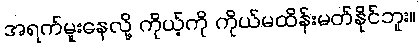
အရက်မူးနေလို့ ကိုယ့်ကို ကိုယ်မထိန်းမတ်နိုင်ဘူး။